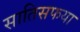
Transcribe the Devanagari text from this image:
सातिसफया